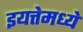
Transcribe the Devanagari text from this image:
इयत्तेमध्ये